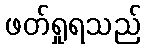
ဖတ်ရှုရသည်